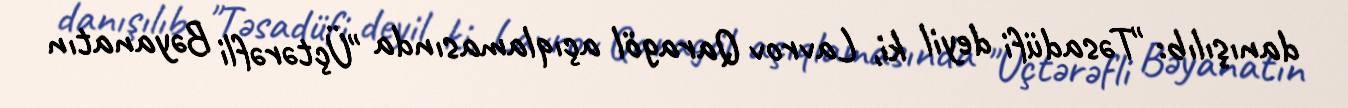
danışılıb: "Təsadüfi deyil ki, Lavrov Qaragöl açıqlamasında "Üçtərəfli Bəyanatın